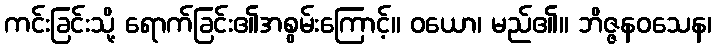
ကင်းခြင်းသို့ ရောက်ခြင်း၏အစွမ်းကြောင့်။ ဝယော၊ မည်၏။ ဘိဇ္ဇနဝသေန၊